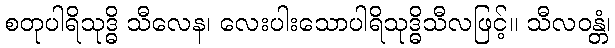
စတုပါရိသုဒ္ဓိ သီလေန၊ လေးပါးသောပါရိသုဒ္ဓိသီလဖြင့်။ သီလဝန္တံ၊